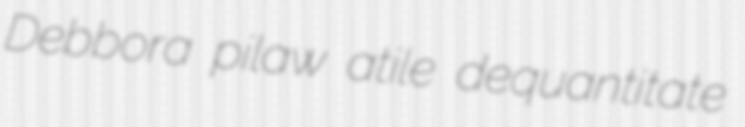
Debbora pilaw atile dequantitate